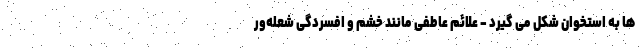
ها به استخوان شکل می گیرد - علائم عاطفی مانند خشم و افسردگی شعله‌ور